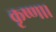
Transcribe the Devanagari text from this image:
कृष्णा।